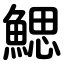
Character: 鰓